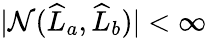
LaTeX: |\mathcal{N}(\widehat{{L}}_{a},\widehat{{L}}_{b})|<\infty